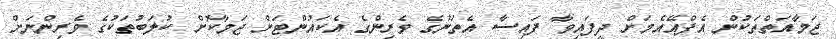
ޖަމާއަތްތަކުން އެފްއޭއެމަށް ދީފައިވާ ފައިސާ އެތަނުގެ ވެރިންގެ އެކައުންޓަށް ޖަމާކޮށް ކުލަބުތަކުގެ ވެރިންނަށް